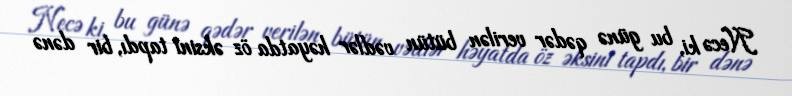
Necə ki, bu günə qədər verilən bütün vədlər həyatda öz əksini tapdı, bir dənə